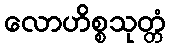
လောဟိစ္စသုတ္တံ